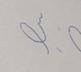
Signature authenticity: forged